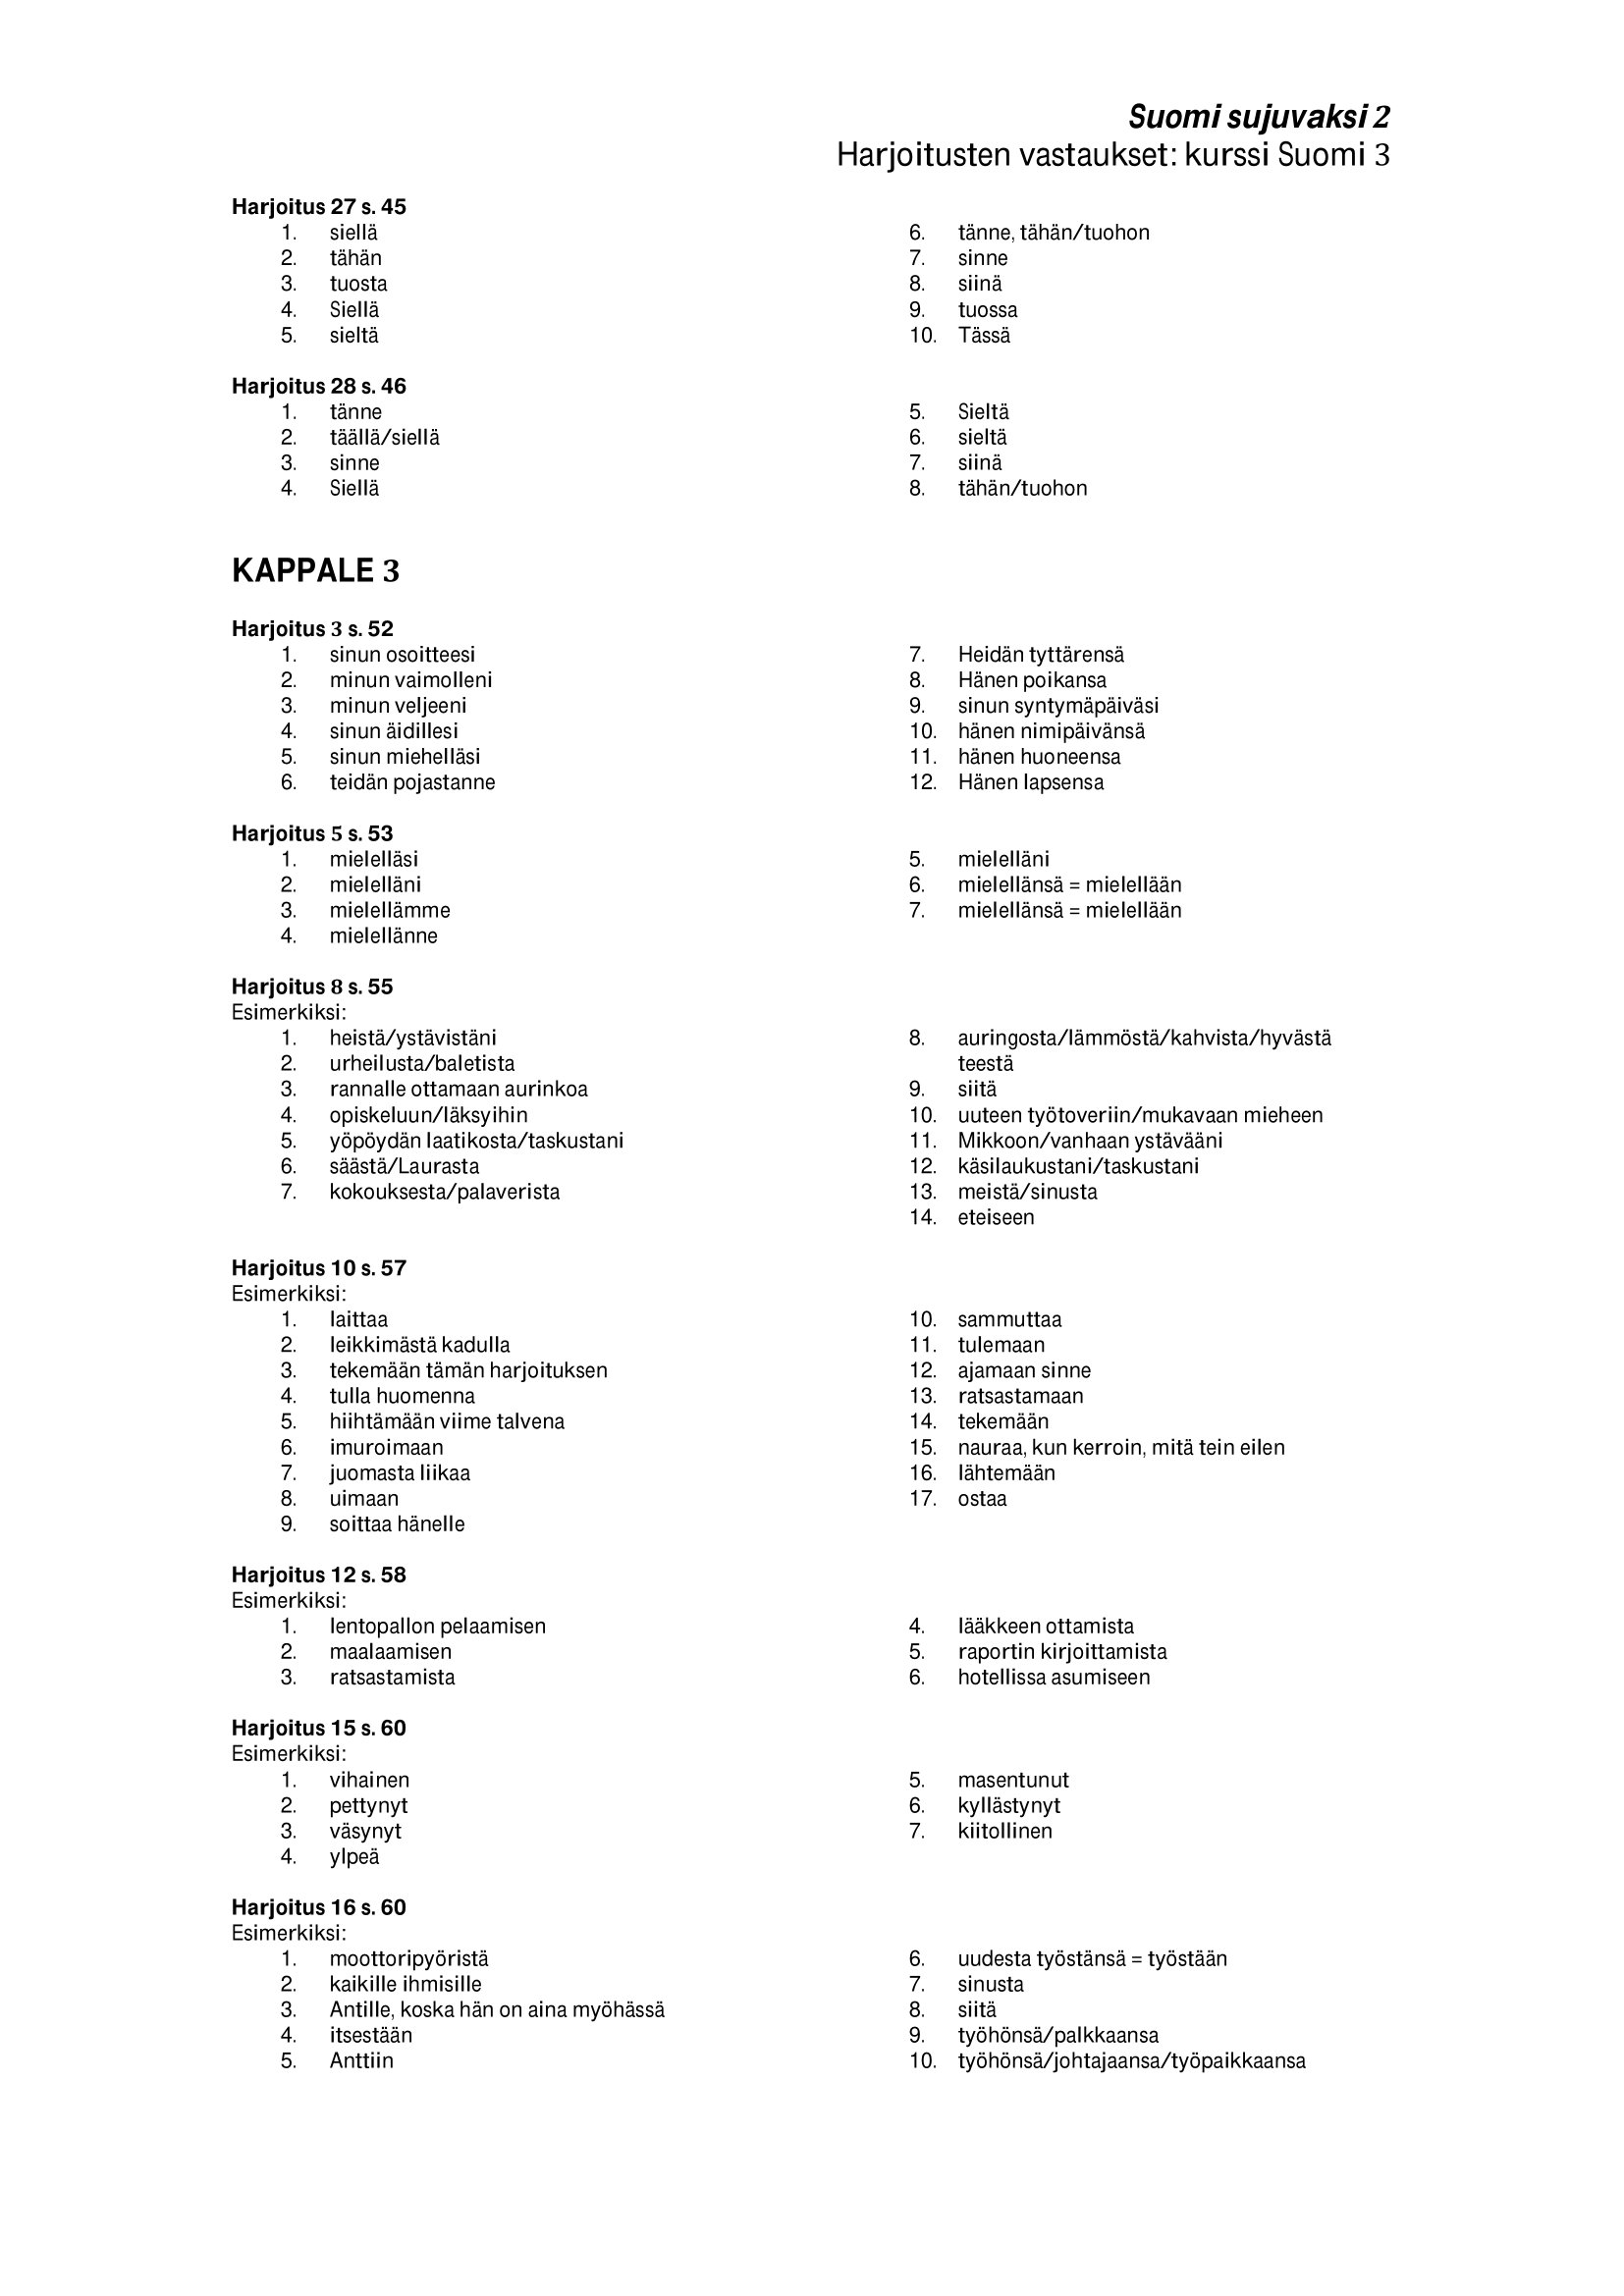
Language: fn